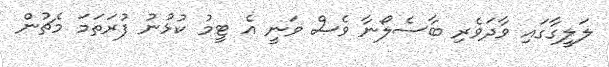
ލަލީގާގައި ވާދަވެރި ބާސެލޯނާ ވެސް ވަނީ އެ ޓީމު ކުޅުނު ފުރަތަމަ މެޗުން